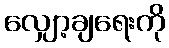
လျှော့ချရေးကို